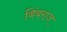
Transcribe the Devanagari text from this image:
बिंबराज